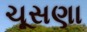
ચૂસણા